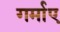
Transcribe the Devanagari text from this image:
गर्माए